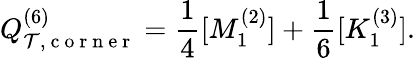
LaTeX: Q_{\mathcal{T},\mathrm{~c~o~r~n~e~r~}}^{(6)}=\frac{1}{4}[M_{1}^{(2)}]+\frac{1}{6}[K_{1}^{(3)}].